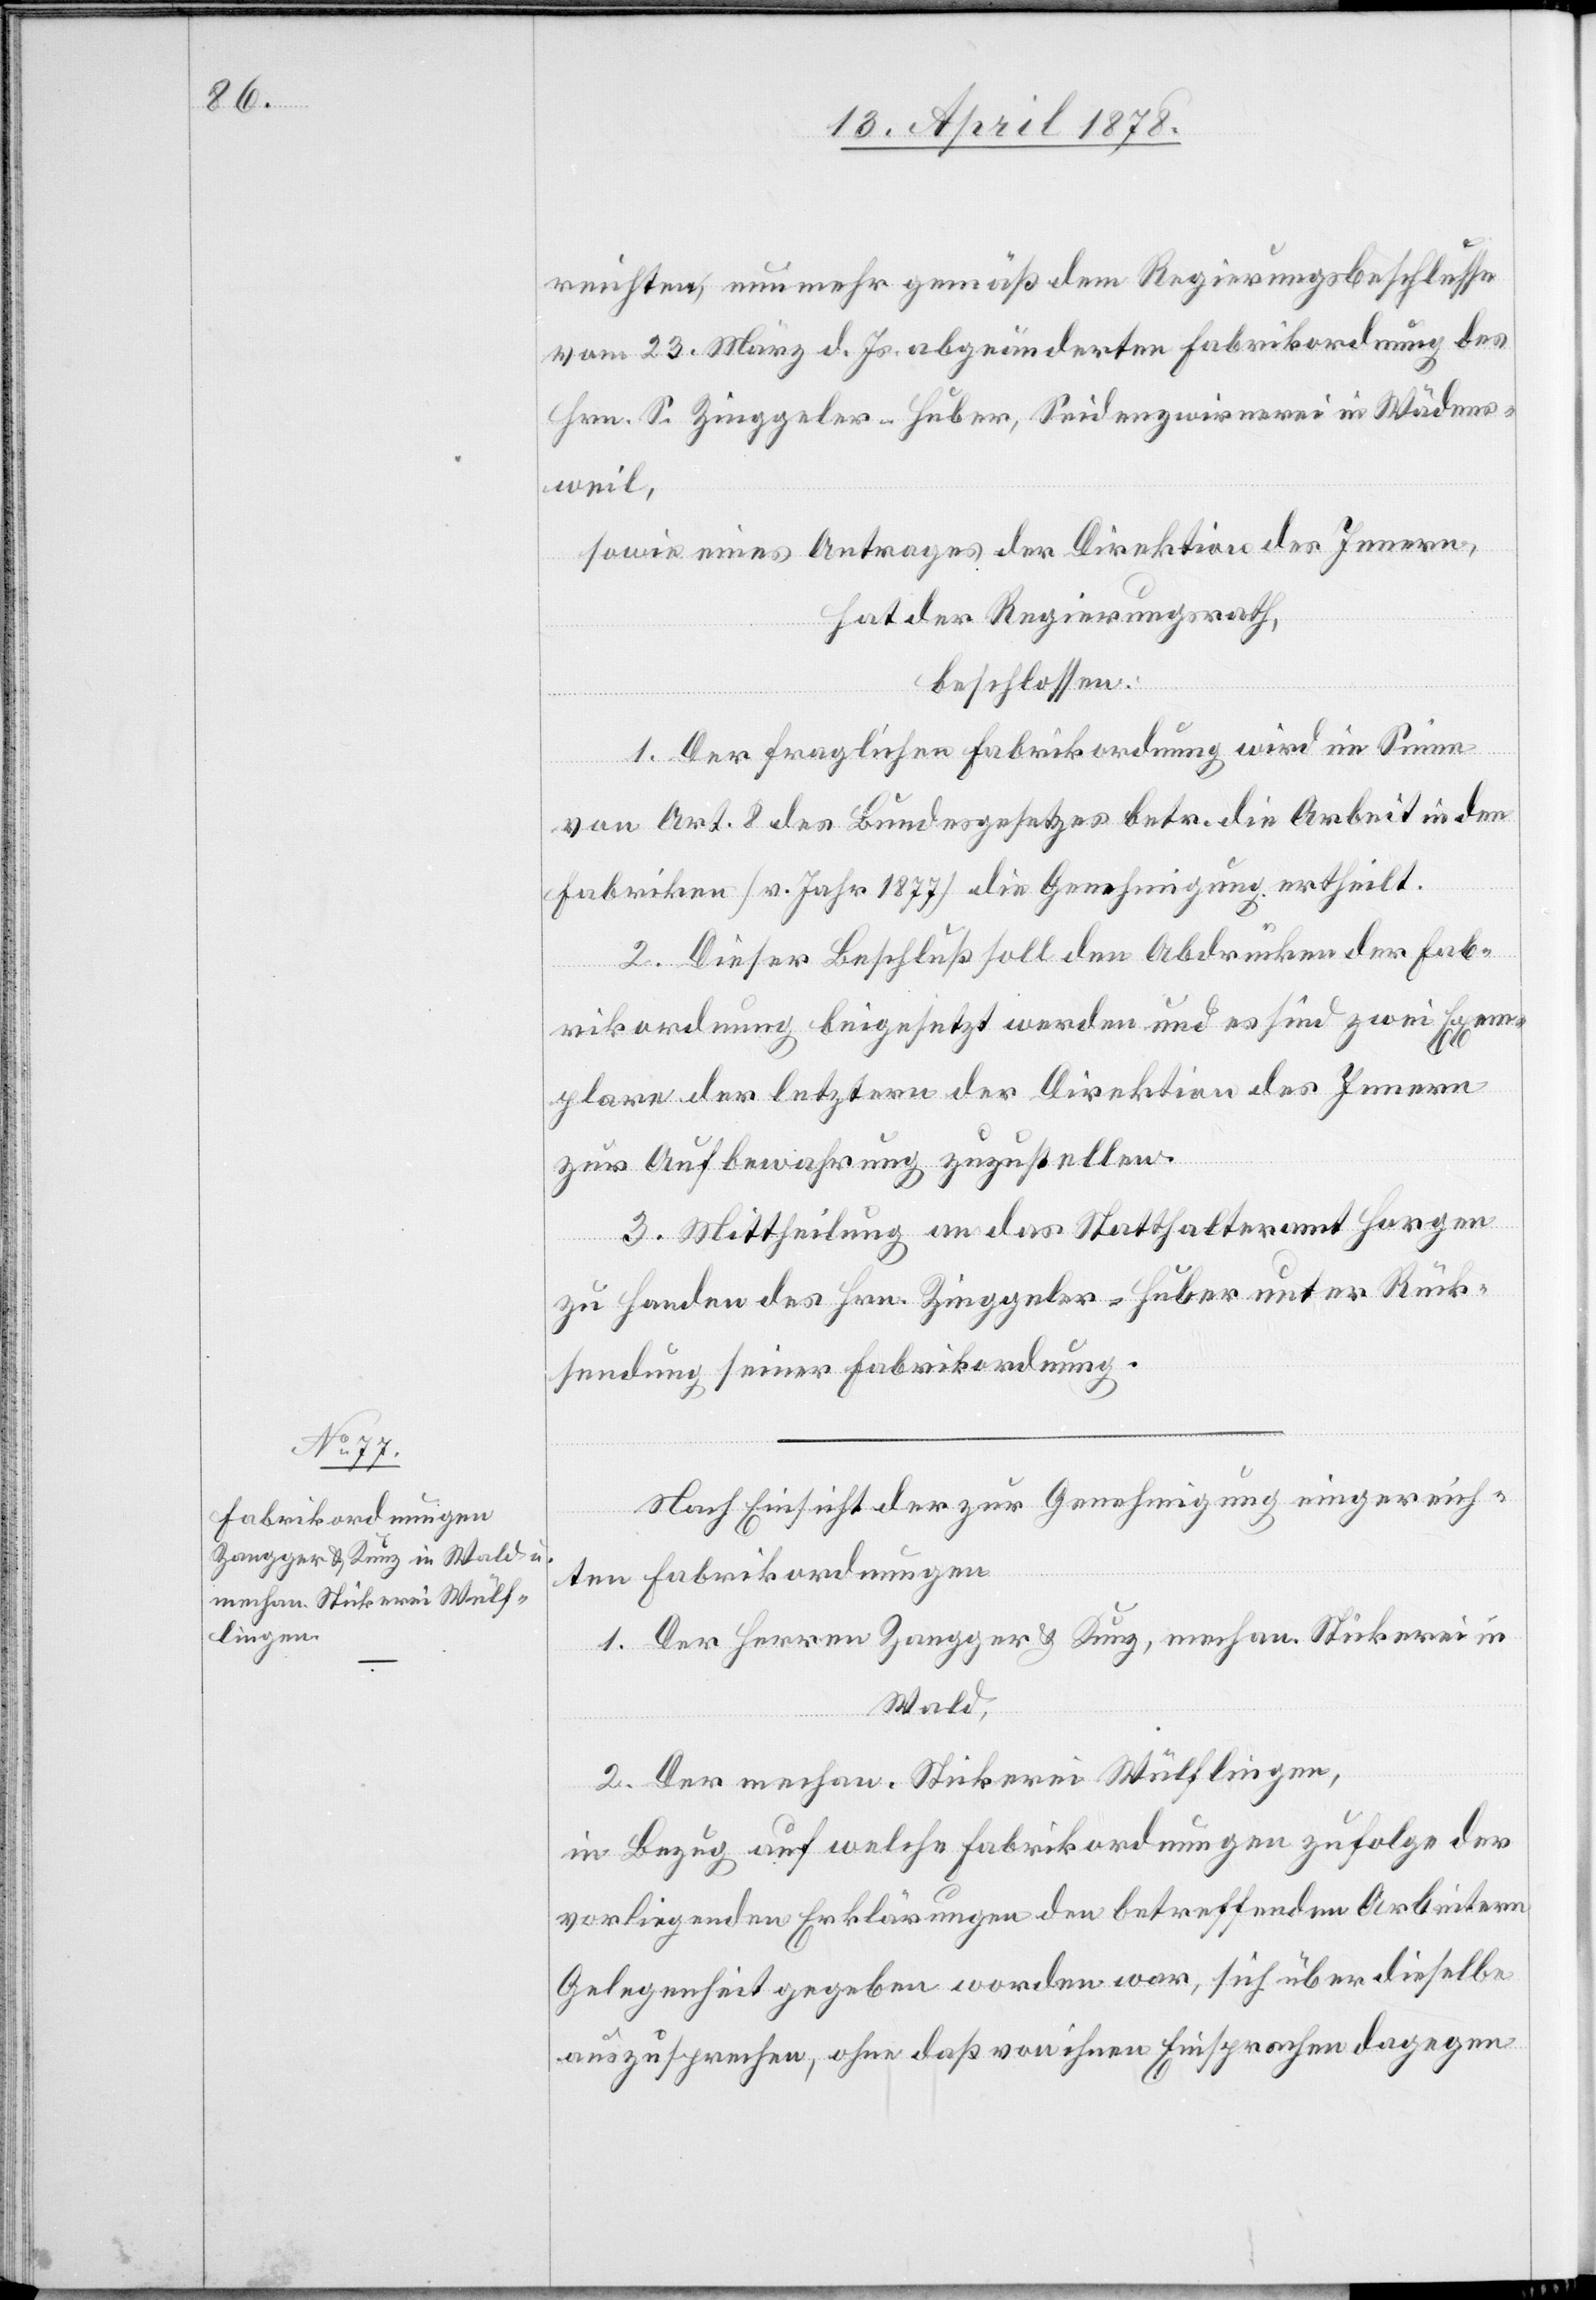
reichten, nunmehr gemäß dem Regierungsbeschlusse
vom 23. März d. Js. abgeänderten Fabrikordnung des
Hrn. S. Zinggeler-Huber, Seidenzwirnerei in Wädens¬
weil,
sowie eines Antrages der Direktion des Innern,
hat der Regierungsrath,
beschlossen:
1. Der fraglichen Fabrikordnung wird im Sinne
von Art. 8 des Bundesgesetzes betr. die Arbeit in den
Fabriken (v. Jahr 1877) die Genehmigung ertheilt.
2. Dieser Beschluß soll den Abdrücken der Fab¬
rikordnung beigesetzt werden und es sind zwei Exem¬
plare der letztern der Direktion des Innern
zur Aufbewahrung zuzustellen.
3. Mittheilung an das Statthalteramt Horgen
zu Handen des Hrn. Zinggeler-Huber unter Rück¬
sendung seiner Fabrikordnung.
Nach Einsicht der zur Genehmigung eingereich¬
ten Fabrikordnungen
1. Der Herren Zangger & Kunz, mechan. Stickerei in
Wald,
2. Der mechan. Stickerei Wülflingen,
in Bezug auf welche Fabrikordnungen zufolge der
vorliegenden Erklärungen den betreffenden Arbeitern
Gelegenheit gegeben worden war, sich über dieselbe
auszusprechen, ohne daß von ihnen Einsprachen dagegen